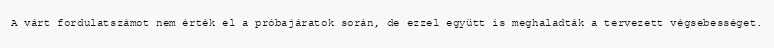
A várt fordulatszámot nem érték el a próbajáratok során, de ezzel együtt is meghaladták a tervezett végsebességet.